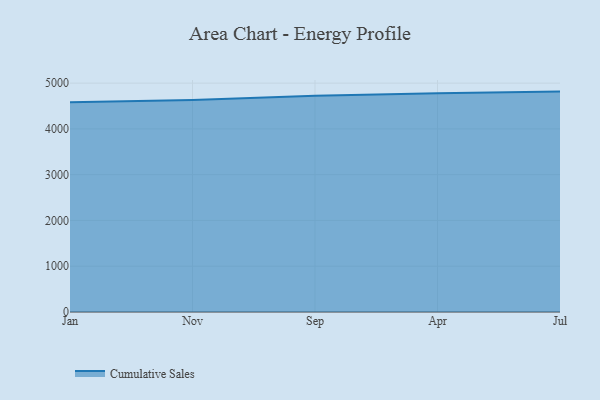
{"axis": {"x": "Month", "y": "Temperature (°C)"}, "legend": ["Cumulative Sales"], "data": [{"x": "Jan", "y": 4579.5, "type": "Cumulative Sales"}, {"x": "Nov", "y": 4630.3, "type": "Cumulative Sales"}, {"x": "Sep", "y": 4725.1, "type": "Cumulative Sales"}, {"x": "Apr", "y": 4780.4, "type": "Cumulative Sales"}, {"x": "Jul", "y": 4814.5, "type": "Cumulative Sales"}]}